Lunatic asylums United Provinces 1899-1908 - 1899-1908
Year: 1899
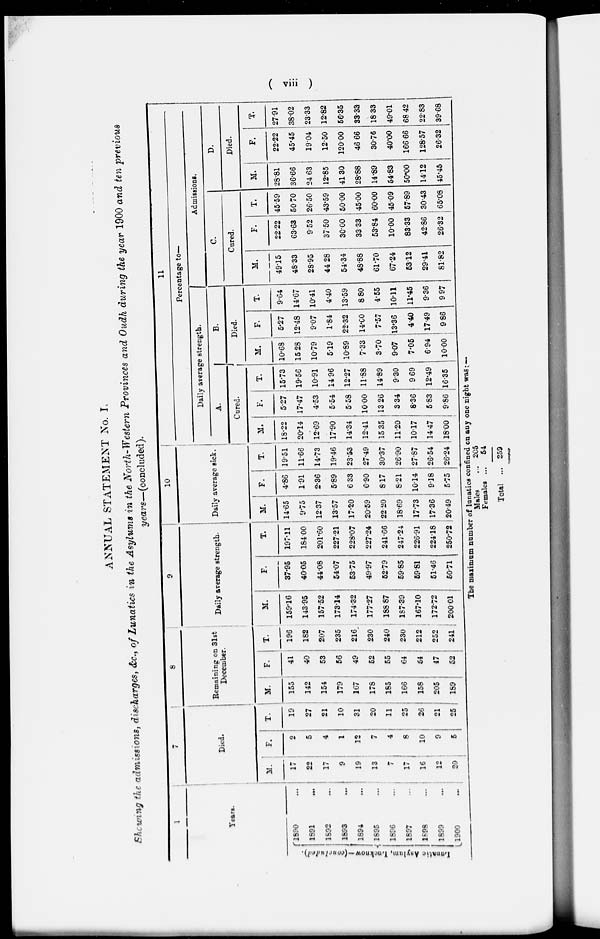
( viii )
ANNUAL STATEMENT No. I.
Showing the admissions, discharges, &c., of Lunatics in the Asylums in the North-Western Provinces and Oudh during the year 1900 and ten previous
years—(concluded ).
1
Years.
Lunatic
Asylum, Lucknow—(concluded).
1890
...
1891
...
1892
...
1893
...
1894
...
1895 …
1896 …
1897 …
1898
...
1899 …
1900 …
7
Died.
M.
17
22
17
9
19
13
7
17
16
12
20
F.
2
5
4
1
12
7
4
8
10
9
5
T.
19
27
21
10
31
20
11
25
26
21
25
8
Remaining on 31st
December.
M.
155
142
154
179
167
178
185
166
158
205
189
F.
41
40
53
56
49
52
55
64
54
47
52
T.
196
182
207
235
216
230
240
230
212
252
241
9
Daily average strength.
M.
159.16
143.95
157.52
173.14
174.32
177.27
188 87
187.39
167.10
172.72
200.01
F.
37.95
40.05
44.08
54.07
53.75
49.97
52.79
59.85
59.81
51.46
50.71
T.
197.11
184.00
201.60
227.21
228.07
227.24
241.66
247.24
226.91
224.18
250.72
10
Daily average sick.
M.
14.65
9.75
12.37
13.57
17.20
20.59
22.20
18.69
17.73
17.36
20.49
F.
4.86
1.91
2.36
5.89
6.33
6.90
8.17
8.21
10.14
9.18
5.75
T.
19.51
11.66
14.73
19.46
23.53
27.49
30.37
26.90
27.87
26.54
26.24
11
Percentage to—
Daily average strength.
A.
Cured.
M.
18.22
20.14
12.69
17.90
14.34
12.41
15.35
11.20
10.17
14.47
18.00
F.
5.27
17.47
4.53
5.54
5.58
10.00
13.26
3.34
8.36
5.83
9.86
T.
15.73
19.56
10.91
14.96
12.27
11.88
14.89
9.30
9.69
12.49
16.35
B.
Died.
M.
10.68
15.28
10.79
5.19
10.89
7.33
3.70
9.07
7.05
6.94
10.00
F.
5.27
12.48
9.07
1.84
22.32
14.00
7.57
13.36
4.40
17.49
9.86
T.
9.64
14.67
10.41
4.40
13.59
8.80
4.55
10.11
11.45
9.36
9.97
Admissions.
C.
Cured.
M.
49.15
48.33
28.95
44.28
54.34
48.88
61.70
67.24
53.12
29.41
81.82
F.
22.22
63.63
9.52
37.50
30.00
33.33
53.84
10.00
83.33
42.86
26.32
T.
45.59
50.70
26.50
43.59
50.00
45.00
60.00
45.09
57.89
30.43
65.08
D.
Died.
M.
28.81
36.66
24.63
12.85
41 30
28.88
14.89
54.83
50.00
14.12
45.45
F.
22.22
45.45
19.04
12.50
120.00
46 66
30.76
40.00
166.66
128.57
26.32
T.
27.91
38.02
23.33
12.82
56.35
33.33
18.33
49.01
68 42
22.83
39.68
The maximum number of lunatics confined on any one night was:—
Males
Females ...
Total ...
205
54
259